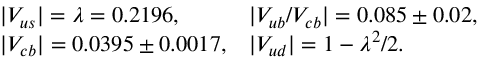
\begin{array} { l l } { { | V _ { u s } | = \lambda = 0 . 2 1 9 6 , } } & { { | V _ { u b } / V _ { c b } | = 0 . 0 8 5 \pm 0 . 0 2 , } } \\ { { | V _ { c b } | = 0 . 0 3 9 5 \pm 0 . 0 0 1 7 , } } & { { | V _ { u d } | = 1 - \lambda ^ { 2 } / 2 . } } \end{array}